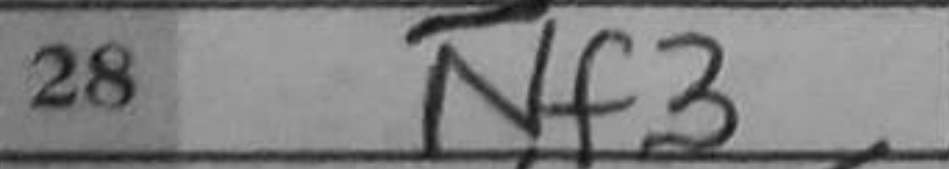
Transcription: Nf3